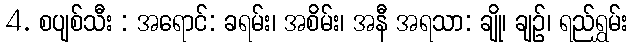
4. စပျစ်သီး : အရောင်: ခရမ်း၊ အစိမ်း၊ အနီ အရသာ: ချို၊ ချဉ်၊ ရည်ရွှမ်း